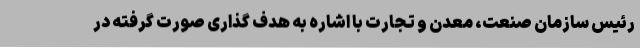
رئیس سازمان صنعت، معدن و تجارت با اشاره به هدف گذاری صورت گرفته در